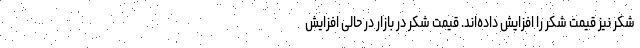
شکر نیز قیمت شکر را افزایش داده‌اند. قیمت شکر در بازار در حالی افزایش